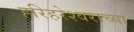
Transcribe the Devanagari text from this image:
हरिहरेश्‍वराच्या